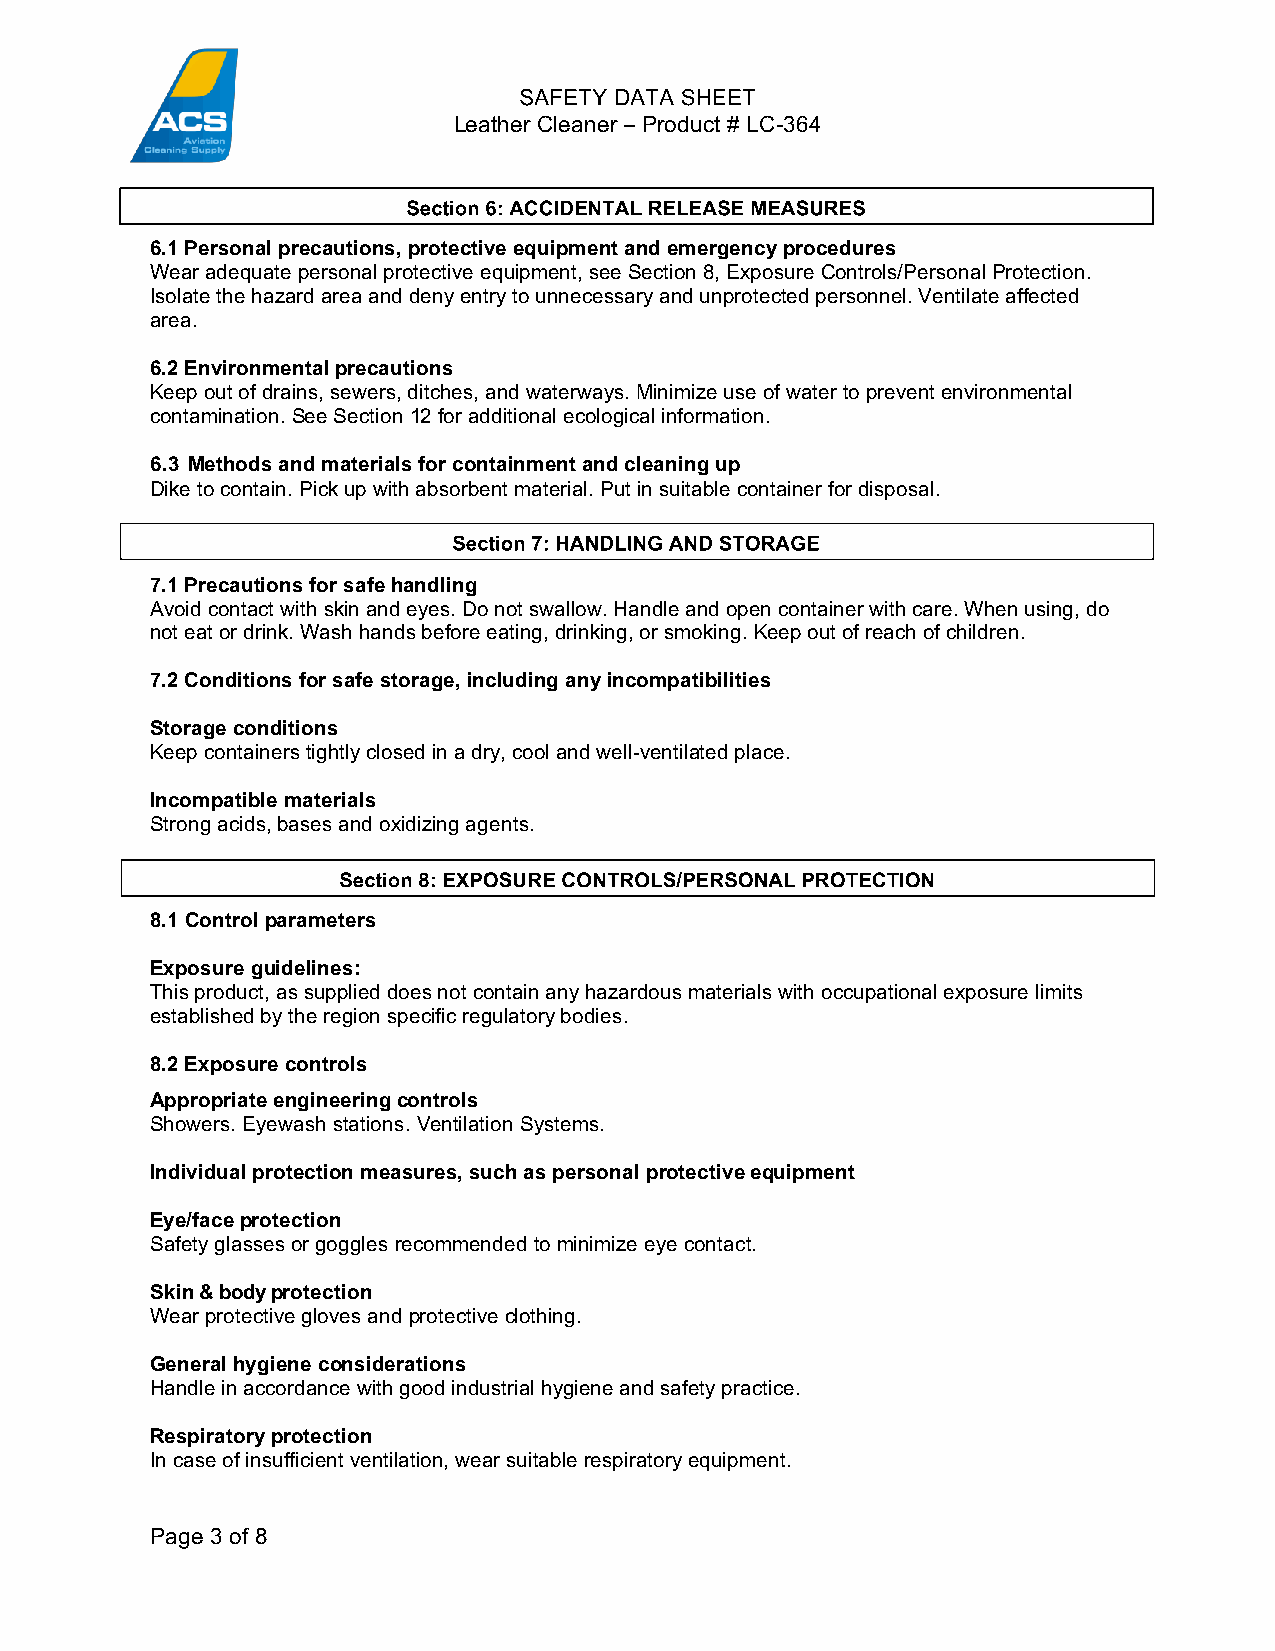
Leather Cleaner – Product # LC-­364
 6.1 Personal precautions, protective equipment and emergency procedures
 Wear adequate personal protective equipment, see Section 8, Exposure Controls/Personal Protection.
 Isolate the hazard area and deny entry to unnecessary and unprotected personnel. Ventilate affected
 area.
 6.2 Environmental precautions
 Keep out of drains, sewers, ditches, and waterways. Minimize use of water to prevent environmental
 contamination. See Section 12 for additional ecological information.
 6.3 Methods and materials for containment and cleaning up
 Dike to contain. Pick up with absorbent material. Put in suitable container for disposal.
 7.1 Precautions for safe handling
 Avoid contact with skin and eyes. Do not swallow. Handle and open container with care. When using, do
 not eat or drink. Wash hands before eating, drinking, or smoking. Keep out of reach of children.
 7.2 Conditions for safe storage, including any incompatibilities
 Storage conditions
 Keep containers tightly closed in a dry, cool and well-­ventilated place.
 Incompatible materials
 Strong acids, bases and oxidizing agents.
 8.1 Control parameters
 Exposure guidelines:
 This product, as supplied does not contain any hazardous materials with occupational exposure limits
 established by the region specific regulatory bodies.
 8.2 Exposure controls
 Appropriate engineering controls
 Showers. Eyewash stations. Ventilation Systems.
 Individual protection measures, such as personal protective equipment
 Eye/face protection
 Safety glasses or goggles recommended to minimize eye contact.
 Skin & body protection
 Wear protective gloves and protective clothing.
 General hygiene considerations
 Handle in accordance with good industrial hygiene and safety practice.
 Respiratory protection
 In case of insufficient ventilation, wear suitable respiratory equipment.
 Page 3 of 8